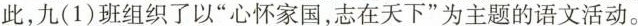
此，九(1)班组织了以”心怀家国，志在天下”为主题的语文活动。